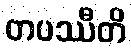
တပဿီတိ